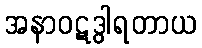
အနာဝဋဒွါရတာယ